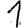
Digit: 1